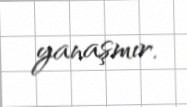
yanaşmır.